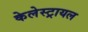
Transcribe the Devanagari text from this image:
केलेस्ट्रायल